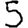
Digit: 5